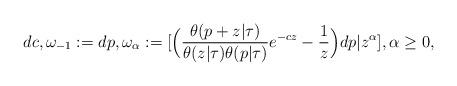
LaTeX: \begin{align*}dc,\omega_{-1}:=dp, \omega_\alpha:=[\Big({\theta(p+z|\tau)\over\theta(z|\tau)\theta(p|\tau)}e^{-cz}-{1\over z}\Big)dp|z^\alpha], \alpha\geq 0, \end{align*}